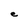
Character: e